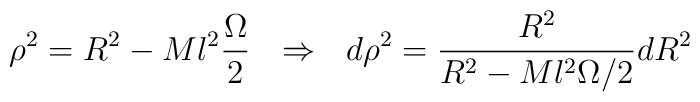
\rho^2=R^2- Ml^2 \frac{\Omega}{2} \:\:\:\Rightarrow \:\:\:d\rho^2=\frac{R^2}{R^2-Ml^2 \Omega /2} dR^2